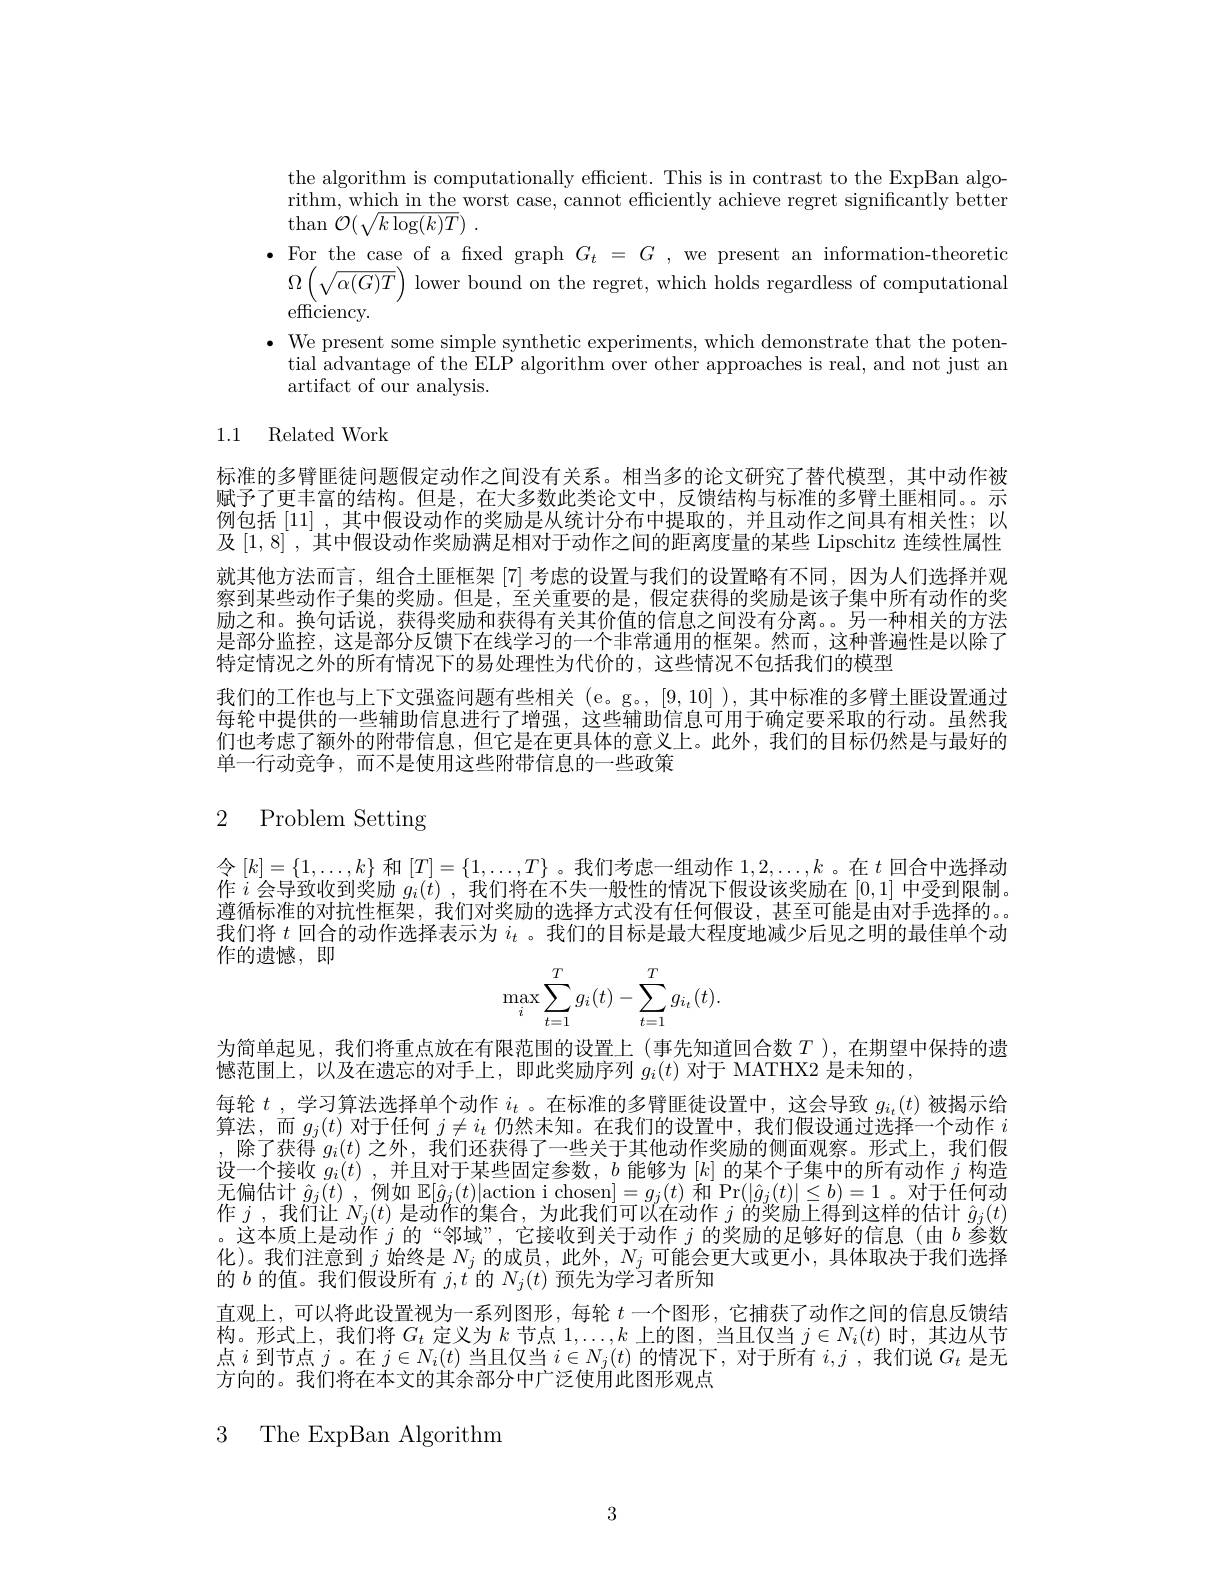
the algorithm is computationally efficient. This is in contrast to the ExpBan algorithm, which in the worst case, cannot efficiently achieve regret significantly better $\operatorname{than}{\mathcal{O}}(\sqrt{k\log(k)T})$
$\bullet$ For the case of a fxed graph $G_t=G$, we present an information-theoretic
$\Omega\left(\sqrt{\alpha(G)T}\right)$lower bound on the regret, which holds regardless of computational
efficiency.
$\bullet$ We present some simple synthetic experiments, which demonstrate that the poten-
tial advantage of the ELP algorithm over other approaches is real, and not just an
artifact of our analysis.

1.1 Related Work

标准的多臂匪徒问题假定动作之间没有关系。相当多的论文研究了替代模型，其中动作被赋予了史丰冨的结构。但是，在大多数此类论文中，反馈结构与标准的多臂土胜相同。。亦例包括 [11] ,其中假设动作的奖励是从统计分布中提取的，并且动作之间具有相关性；以及[1,8] ,其中假设动作奖励满足相对于动作之间的距离度量的某些 Lipschitz 连续性属性就其他方法而言，组合土匪框架[7]考虑的设置与我们的设置略有不同，因为人们选择并观察到某些动作子集的奖励。但是，至关重要的是，假定获得的奖励是该子集中所有动作的奖励之和。换句话说，获得奖励和获得有关其价值的信息之间没有分离。另一种相关的方法是部分监控，这是部分反馈下在线学习的一个非常通用的框架。然而，这种普遍性是以除了特定情况之外的所有情况下的易处理性为代价的，这些情况不包括我们的模型
我们的工作也与上下文强盗问题有些相关 (e。g。,[9,10] ),其中标准的多臂土匪设置通过每轮中提供的一些辅助信息进行了增强，这些辅助信息可用于确定要采取的行动。虽然我们也考虑了额外的附带信息，但它是在更具体的意义上。此外，我们的目标仍然是与最好的单一行动竞争，而不是使用这些附带信息的一些政策

# 2 Problem Setting

令$[k]=\{1,\ldots,k\}$ 和$[T]=\{1,\ldots,T\}$。我们考虑一组动作 $1,2,\ldots,k$ 。在 $t$ 回合中选择动作$i$会导致收到奖励$g_i(t)$,我们将在不失一般性的情况下假设该奖励在[0,1]中受到限制。遵循标准的对抗性框架，我们对奖励的选择方式没有任何假设，甚至可能是由对手选择的。。我们将$t$回合的动作选择表示为$i_t$ 。我们的目标是最大程度地减少后见之明的最佳单个动作的遗憾，即
$$\begin{aligned}\max_i\sum_{t=1}^Tg_i(t)-\sum_{t=1}^Tg_{i_t}(t).\end{aligned}$$
为简单起见，我们将重点放在有限范围的设置上(事先知道回合数$T$ ),在期望中保持的遗
憾范围上，以及在遗忘的对手上，即此奖励序列$g_i(t)$对于 MATHX2 是未知的，
每轮$t$ ,学习算法选择单个动作$i_t$ 。在标准的多臂匪徒设置中，这会导致$g_i_t(t)$被揭示给算法，而$g_j(t)$对于任何$j\neq i_t$仍然未知。在我们的设置中，我们假设通过选择一个动作$i$ ,除了获得 $g_i(t)$ 之外，我们还获得了一些关于其他动作奖励的侧面观察。形式上，我们假设一个接收$g_i(t)$ ,并且对于某些固定参数，$b$能够为$[k]$的某个子集中的所有动作$j$构造无偏估计$\hat{g}_j(t)$ ,例如$\mathbb{E}[\hat{g}_j(t)|$action i chosen$]=g_j(t)$和 Pr$(|\hat{g}_j(t)|\leq b)=1$ 。对于任何动作$j$ ,我们让$N_j(t)$是动作的集合，为此我们可以在动作$j$的奖励上得到这样的估计$\hat{g}_j(t)$ 。这本质上是动作$j$的“邻域”,它接收到关于动作$j$的奖励的足够好的信息(由$b$参数化)。我们注意到$j$始终是$N_j$的成员，此外，$N_j$可能会更大或更小，具体取决于我们选择的$b$的值。我们假设所有$j,t$的$N_j(t)$预先为学习者所知
直观上，可以将此设置视为一系列图形，每轮$t$一个图形，它捕获了动作之间的信息反馈结构。形式上，我们将$G_t$定义为$k$节点$1,\ldots,k$上的图 ,当且仅当$j\in N_i(t)$时，其边从节点$i$到节点$j$。在$j\in N_i(t)$当且仅当$i\in N_j(t)$的情况下，对于所有$i,j$ ,我们说$G_t$是无方向的。我们将在本文的其余部分中广泛使用此图形观点

3 The ExpBan Algorithm

3